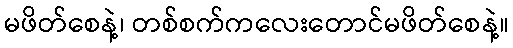
မဖိတ်စေနဲ့၊ တစ်စက်ကလေးတောင်မဖိတ်စေနဲ့။